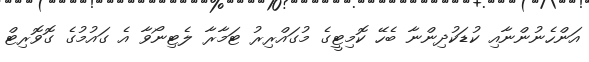
އަންހެނުންނާއި ކުޑަކުދިންނާ ބެހޭ ކޮމިޓީގެ މުގައްރިރު ޓަމާރާ ލެޓިނޯވާ އެ ގައުމުގެ ގޮވޮރިޓް